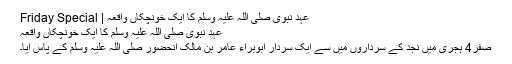
عہد ِنبوی صلی اللہ علیہ وسلم کا ایک خونچکاں واقعہ | Friday Special
عہد ِنبوی صلی اللہ علیہ وسلم کا ایک خونچکاں واقعہ
صفر4 ہجری میں نجد کے سرداروں میں سے ایک سردار ابوبراء عامر بن مالک آنحضور صلی اللہ علیہ وسلم کے پاس آیا۔